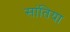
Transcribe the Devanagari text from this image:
सांतिया